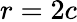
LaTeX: r=2c